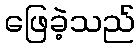
ဖြေခဲ့သည်